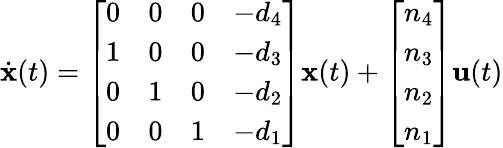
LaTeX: {\dot{\textbf{x}}}(t)={\left[\begin{array}{llll}{0}&{0}&{0}&{-d_{4}}\\ {1}&{0}&{0}&{-d_{3}}\\ {0}&{1}&{0}&{-d_{2}}\\ {0}&{0}&{1}&{-d_{1}}\end{array}\right]}{\textbf{x}}(t)+{\left[\begin{array}{l}{n_{4}}\\ {n_{3}}\\ {n_{2}}\\ {n_{1}}\end{array}\right]}{\textbf{u}}(t)